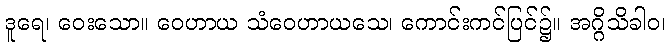
ဒူရေ၊ ဝေးသော။ ဝေဟာယ သံဝေဟာယသေ၊ ကောင်းကင်ပြင်၌။ အဂ္ဂိသိခါဝ၊